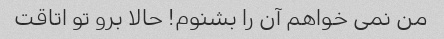
من نمی خواهم آن را بشنوم! حالا برو تو اتاقت